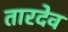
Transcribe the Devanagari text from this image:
तारदेव